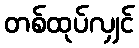
တစ်ထုပ်လျှင်